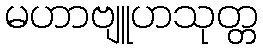
မဟာဗျူဟသုတ္တ